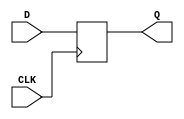
`timescale 1ns / 1ps
//////////////////////////////////////////////////////////////////////////////////
// Company: 
// Engineer: 
// 
// Design Name: 
// Module Name: dflipflop
// Project Name: 
// Target Devices: 
// Tool Versions: 
// Description: 
// 
// Dependencies: 
// 
// Revision:
// Revision 0.01 - File Created
// Additional Comments:
// 
//////////////////////////////////////////////////////////////////////////////////


module dflipflop(input CLK, D, output reg Q);

always @ (posedge CLK) begin

Q <= D;

end

endmodule